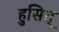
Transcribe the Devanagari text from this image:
हुसित्